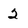
Character: 2